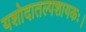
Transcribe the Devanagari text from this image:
यशोदातल्पशायकः।